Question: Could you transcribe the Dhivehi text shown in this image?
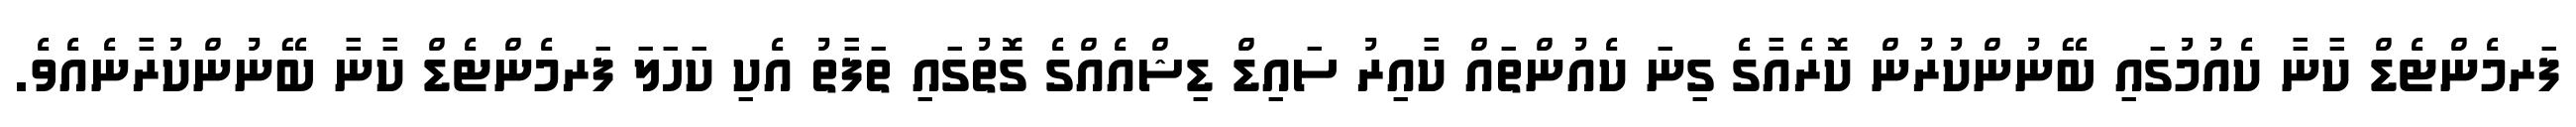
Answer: ފަރމެންޓެޑް ކާނާ ކެއުމުގައި ބޭނުންކުރުން ކޮރެއާގެ ގިނަ ކެއުންތައް ކާއިރު ސައިޑް ޑިޝްއެއްގެ ގޮތުގައި ތަފާތު އެކި ކަހަލަ ފަރމެންޓެޑް ކާނާ ބޭނުންކުރާނެއެވެ.